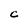
Character: C